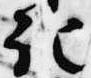
記